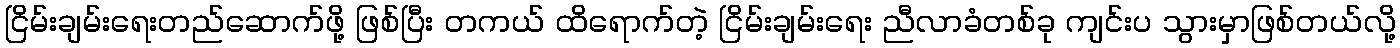
ငြိမ်းချမ်းရေးတည်ဆောက်ဖို့ ဖြစ်ပြီး တကယ် ထိရောက်တဲ့ ငြိမ်းချမ်းရေး ညီလာခံတစ်ခု ကျင်းပ သွားမှာဖြစ်တယ်လို့